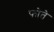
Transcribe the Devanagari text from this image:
फोते